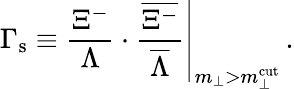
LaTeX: \Gamma_{\mathrm{s}}\equiv\left.{\frac{\Xi^{-}}{\Lambda}}\cdot{\frac{\overline{{{\Xi^{-}}}}}{\overline{{{\Lambda}}}}}\right\vert_{m_{\perp}>m_{\perp}^{\mathrm{cut}}}\, .